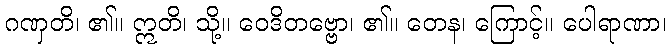
ဂဏှတိ၊ ၏။ ဣတိ၊ သို့။ ဝေဒိတဗ္ဗော၊ ၏။ တေန၊ ကြောင့်။ ပေါရာဏာ၊